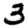
Digit: 3